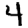
Digit: 4